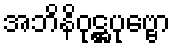
အဘိနိဝုဋ္ဌပုဗ္ဗော